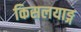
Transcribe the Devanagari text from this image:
किसलयाङ्ग